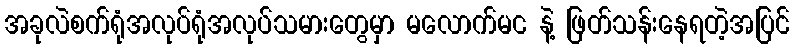
အခုလဲစက်ရုံအလုပ်ရုံအလုပ်သမားတွေမှာ မလောက်မင နဲ့ ဖြတ်သန်းနေရတဲ့အပြင်